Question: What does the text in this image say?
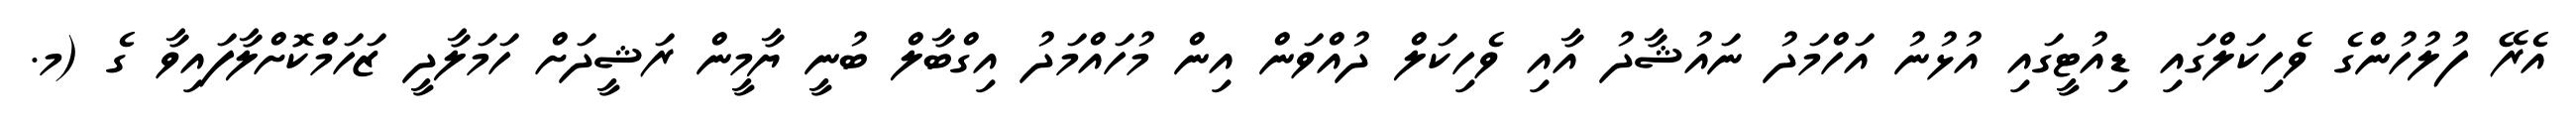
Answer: އެރޭ ފުލުހުންގެ ވެހިކަލްގައި ޑިއުޓީގައި އުޅުނު އަހްމަދު ނައުޝާދު އާއި ވެހިކަލް ދުއްވަން އިން މުހައްމަދު އިގްބާލް ބުނީ ޔާމީން ރަޝީދަށް ހަމަލާދީ ޒަހަމްކޮށްލާފައިވާ ގެ (މ.